Indian journal of veterinary science and animal husbandry - Volumes 24-25, 1954-1955
Year: 1954
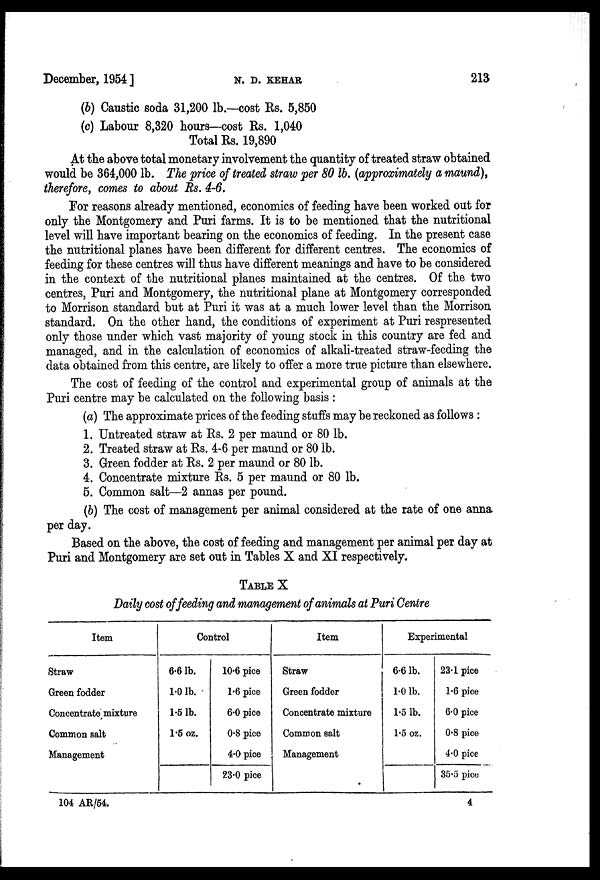
December, 1954 ]
N.
D.
KEHAR
213
(b) Caustic soda 31,200 lb.—cost Rs. 5,850
(c) Labour 8,320 hours—cost Rs. 1,040
Total Rs. 19,890
At the above total monetary involvement the quantity of treated straw obtained
would be 364,000 lb. The price of treated straw per 80 lb. (approximately a maund),
therefore, comes to about Rs. 4-6.
For reasons already mentioned, economics of feeding have been worked out for
only the Montgomery and Puri farms. It is to be mentioned that the nutritional
level will have important bearing on the economics of feeding. In the present case
the nutritional planes have been different for different centres. The economics of
feeding for these centres will thus have different meanings and have to be considered
in the context of the nutritional planes maintained at the centres. Of the two
centres, Puri and Montgomery, the nutritional plane at Montgomery corresponded
to Morrison standard but at Puri it was at a much lower level than the Morrison
standard. On the other hand, the conditions of experiment at Puri respresented
only those under which vast majority of young stock in this country are fed and
managed, and in the calculation of economics of alkali-treated straw-feeding the
data obtained from this centre, are likely to offer a more true picture than elsewhere.
The cost of feeding of the control and experimental group of animals at the
Puri centre may be calculated on the following basis :
(a) The approximate prices of the feeding stuffs may be reckoned as follows :
1. Untreated straw at Rs. 2 per maund or 80 lb.
2. Treated straw at Rs. 4-6 per maund or 80 lb.
3. Green fodder at Rs. 2 per maund or 80 lb.
4. Concentrate mixture Rs. 5 per maund or 80 lb.
5. Common salt—2 annas per pound.
(b) The cost of management per animal considered at the rate of one anna
per day.
Based on the above, the cost of feeding and management per animal per day at
Puri and Montgomery are set out in Tables X and XI respectively.
TABLE X
Daily cost of feeding and management of animals at Puri Centre
Item
Straw
Green fodder
Concentrate mixture
Common salt
Management
Control
6.6 lb.
1.0 lb.
1.5 lb.
1.5 oz.
10.6 pice
1.6 pice
6.0 pice
0.8 pice
4.0 pice
23.0 pice
Item
Straw
Green fodder
Concentrate mixture
Common salt
Management
Experimental
6.6 lb.
1.0 lb.
1.5 lb.
1.5 oz.
23.1 pice
1.6 pice
6.0 pice
0.8 pice
4.0 pice
35.5 pice
104 AR/54.
4